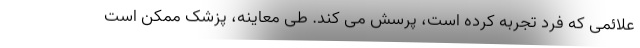
علائمی که فرد تجربه کرده است، پرسش می کند. طی معاینه، پزشک ممکن است